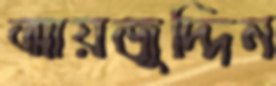
আয়জুদ্দিন